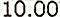
10.00